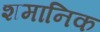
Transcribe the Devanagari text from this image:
शमानिक